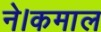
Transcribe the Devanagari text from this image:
ने।कमाल